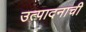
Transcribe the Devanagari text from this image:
उत्‍पादनाची